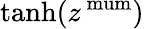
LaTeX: \operatorname{tanh}(z^{\mathrm{{\ mum}}})